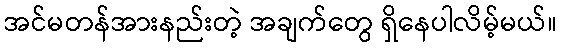
အင်မတန်အားနည်းတဲ့ အချက်တွေ ရှိနေပါလိမ့်မယ်။